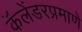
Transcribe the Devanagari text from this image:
कॅलेंडरप्रमाणे